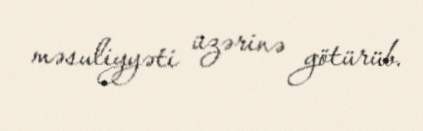
məsuliyyəti üzərinə götürüb.